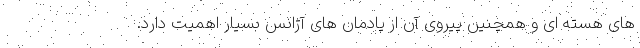
های هسته ای و همچنین پیروی آن از پادمان های آژانس بسیار اهمیت دارد.